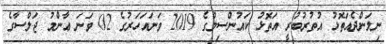
ނިލަންދެއަތޮޅު އުތުރުބުރީ އަތޮޅު ކައުންސިލްގެ 2019 ވަނައަހަރުގެ 02 ވަނަ ޢާންމު ޖަލްސާގެ